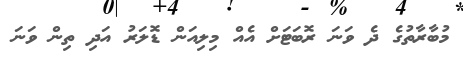
މުބާރާތުގެ ދެ ވަނަ ރޮބަޓަށް އެއް މިލިއަން ޑޮލަރު އަދި ތިން ވަނަ